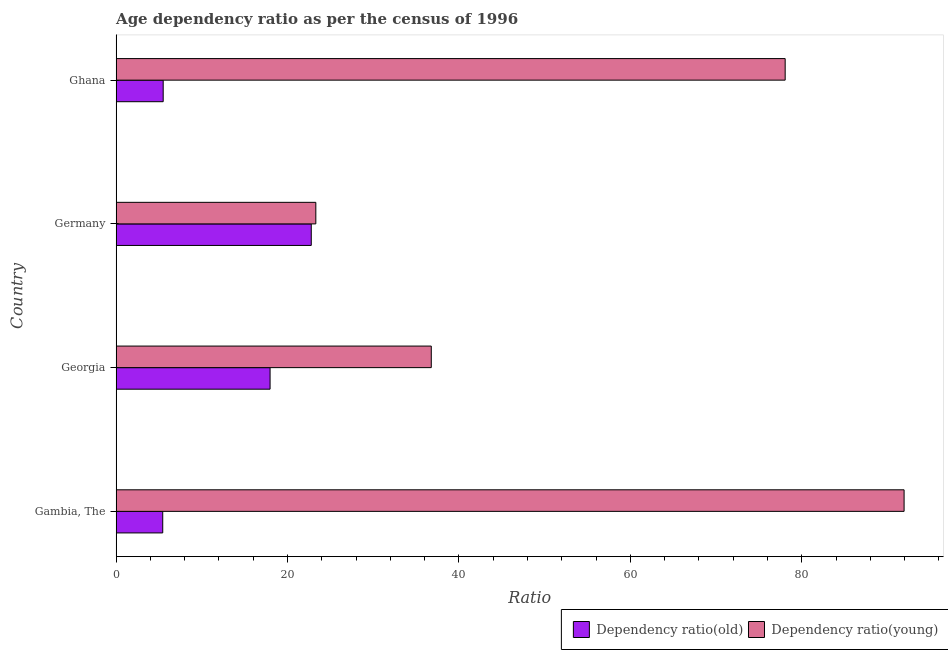
| Country | Dependency ratio(old) | Dependency ratio(young) |
 | --- | --- | --- |
 | Gambia, The | 5.44 | 91.9 |
 | Georgia | 18 | 36.8 |
 | Germany | 22.8 | 23.3 |
 | Ghana | 5.49 | 78.1 |